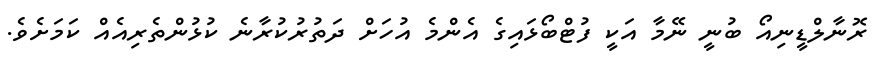
ރޮނާލްޑީނިއޯ ބުނީ ނޭމާ އަކީ ފުޓްބޯޅައިގެ އެންމެ އުހަށް ދަތުރުކުރާނެ ކުޅުންތެރިއެއް ކަމަށެވެ.